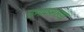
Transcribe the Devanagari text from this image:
प्रभातशाखा